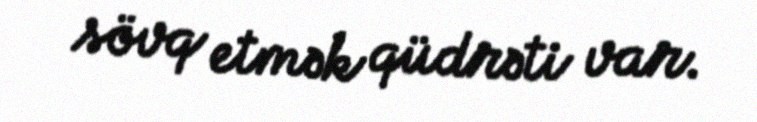
sövq etmək qüdrəti var.